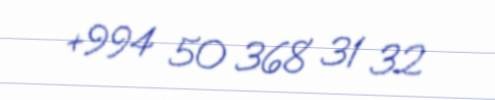
+994 50 368 31 32